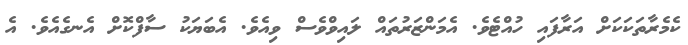
ކެމެރާތަކަކަށް އަރާފައި ހުއްޓެވެ. އެމަންޒަރުތައް ލައިވްވެސް ވިއެވެ. އެބަޔަކު ސާފްކޮށް އެނގެއެވެ. އެ